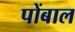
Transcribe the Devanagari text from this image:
पोंबाल